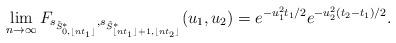
LaTeX: \begin{align*}\lim_{n\to\infty}F_{s_{\tilde S^*_{0,\lfloor nt_1\rfloor}},s_{\tilde S^*_{\lfloor nt_1\rfloor+1,\lfloor nt_2\rfloor}}}(u_1,u_2)=e^{-u_1^2t_1\slash2}e^{-u_2^2(t_2-t_1)\slash2}.\end{align*}